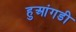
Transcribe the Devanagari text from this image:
हुआंगडी